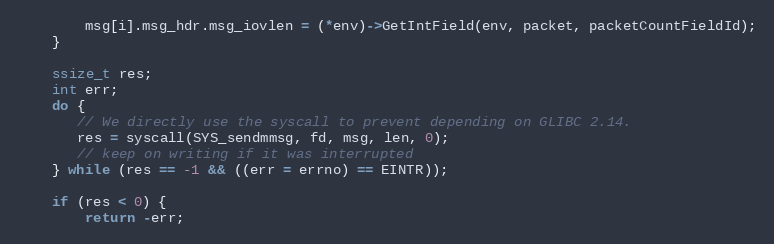
Language: C
        msg[i].msg_hdr.msg_iovlen = (*env)->GetIntField(env, packet, packetCountFieldId);
    }

    ssize_t res;
    int err;
    do {
       // We directly use the syscall to prevent depending on GLIBC 2.14.
       res = syscall(SYS_sendmmsg, fd, msg, len, 0);
       // keep on writing if it was interrupted
    } while (res == -1 && ((err = errno) == EINTR));

    if (res < 0) {
        return -err;